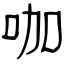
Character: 咖